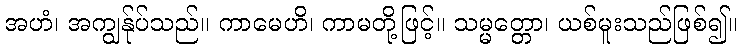
အဟံ၊ အကျွန်ုပ်သည်။ ကာမေဟိ၊ ကာမတို့ဖြင့်။ သမ္မတ္တော၊ ယစ်မူးသည်ဖြစ်၍။